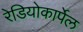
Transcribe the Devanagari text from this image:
रेडियोकार्पेल